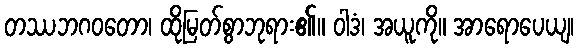
တဿဘဂဝတော၊ ထိုမြတ်စွာဘုရား၏။ ဝါဒံ၊ အယူကို။ အာရောပေယျ၊